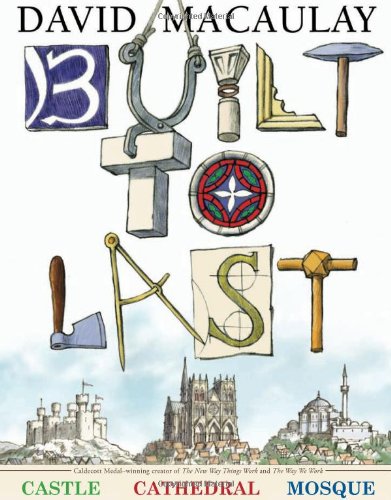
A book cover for Built to Last; David Macaulay; Children's Books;